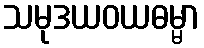
သမုဒယဝယဓမ္မာ